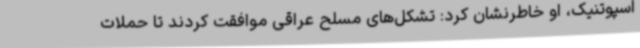
اسپوتنیک، او خاطرنشان کرد: تشکل‌های مسلح عراقی موافقت کردند تا حملات